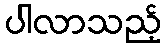
ပါလာသည့်